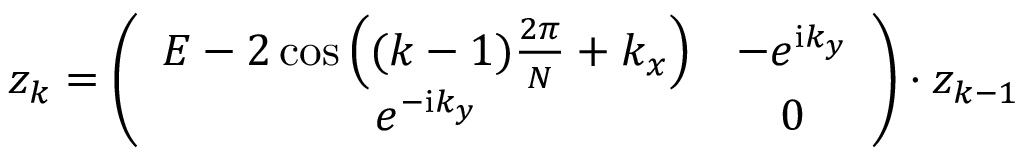
z _ { k } = \left( \begin{array} { c c } { { E - 2 \cos \left( ( k - 1 ) \frac { 2 \pi } { N } + k _ { x } \right) } } & { { - e ^ { { \mathrm i } k _ { y } } } } \\ { { e ^ { - { \mathrm i } k _ { y } } } } & { { 0 } } \end{array} \right) \cdot z _ { k - 1 }